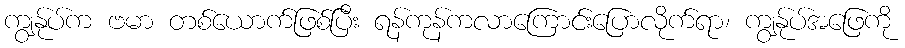
ကျွန်ုပ်က ဗမာ တစ်ယောက်ဖြစ်ပြီး ရန်ကုန်ကလာကြောင်းပြောလိုက်ရာ၊ ကျွန်ုပ်အဖြေကို